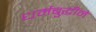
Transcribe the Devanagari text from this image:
धर्मबुद्धीने